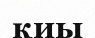
қиы